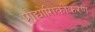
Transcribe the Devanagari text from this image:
प्रौद्योगिकीकरण